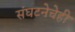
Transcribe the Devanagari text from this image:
संघटनेचेही